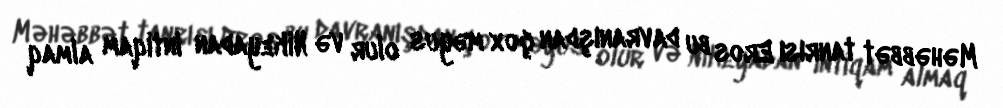
Məhəbbət tanrısı Eros bu davranışdan çox məyus olur və Nikeyadan intiqam almaq